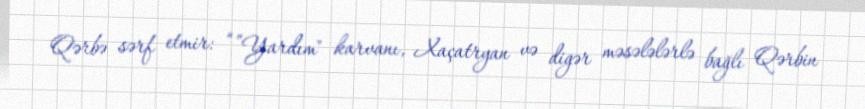
Qərbə sərf etmir: “”Yardım" karvanı, Xaçatryan və digər məsələlərlə bağlı Qərbin